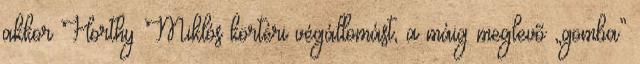
akkor Horthy Miklós körtéri végállomást, a máig meglevõ „gomba”